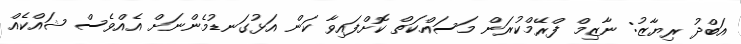
އަބްދު ރިޔާޒު: ނާޒިމް ފްރޭމްކުރަން މަސައްކަތް ކޮށްފައިވާ ކަން އަޅުގަނޑުމެންނަށް އެއްވެސް ޝައްކެއް